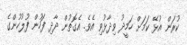
ކުރަން އުޅޭ ކަމަށް ހަމީދު ވިދާޅުވި އެވެ. އެގޮތުން ދާދި ފަހުން ފުލުހުންގެ